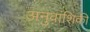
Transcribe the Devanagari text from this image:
अनुवांशिकी